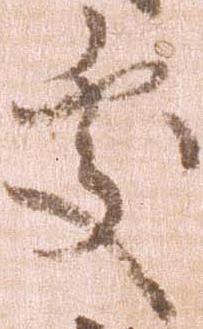
処